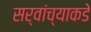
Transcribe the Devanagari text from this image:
सर्वांच्याकडे